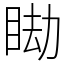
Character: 䀷